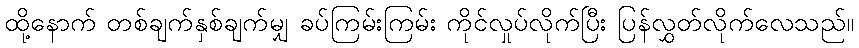
ထို့နောက် တစ်ချက်နှစ်ချက်မျှ ခပ်ကြမ်းကြမ်း ကိုင်လှုပ်လိုက်ပြီး ပြန်လွှတ်လိုက်လေသည်။